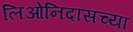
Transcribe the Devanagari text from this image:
लिओनिदासच्या